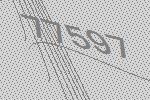
77597